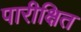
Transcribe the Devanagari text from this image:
पारीक्षित